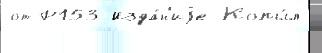
от Р153 Изда́н'иjе Копы́л